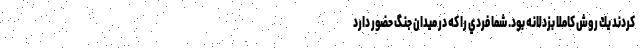
كردند يك روش كاملا بزدلانه بود. شما فردي را كه در ميدان جنگ حضور دارد